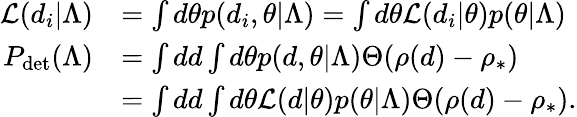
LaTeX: \begin{array}{rl}{{\cal L}(d_{i}|\Lambda)}&{=\int d\theta p(d_{i},\theta|\Lambda)=\int d\theta{\cal L}(d_{i}|\theta)p(\theta|\Lambda)}\\ {P_{\mathrm{det}}(\Lambda)}&{=\int dd\int d\theta p(d,\theta|\Lambda)\Theta(\rho(d)-\rho_{*})}\\ &{=\int dd\int d\theta{\cal L}(d|\theta)p(\theta|\Lambda)\Theta(\rho(d)-\rho_{*}).}\end{array}